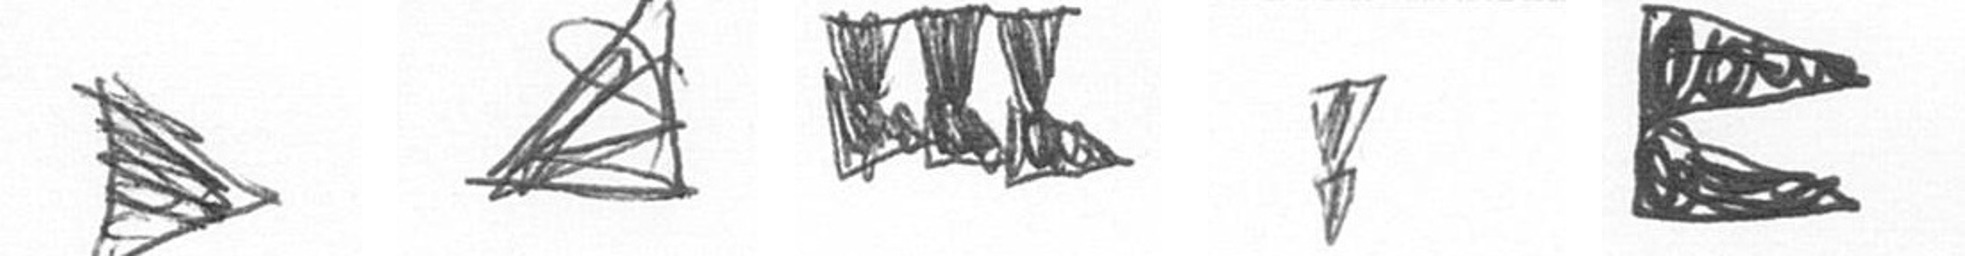
T O D Z P